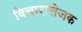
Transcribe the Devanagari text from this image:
विचारात्तेजक